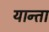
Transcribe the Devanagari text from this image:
यान्ता